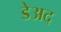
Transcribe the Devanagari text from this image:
डेअद